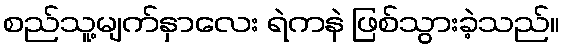
စည်သူ့မျက်နှာလေး ရဲကနဲ ဖြစ်သွားခဲ့သည်။